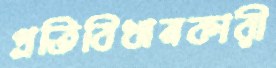
প্রতিবিধানকারী